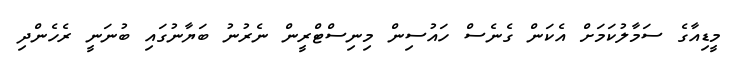
މީޑިއާގެ ސަމާލުކަމަށް އެކަން ގެނެސް ހައުސިން މިނިސްޓްރީން ނެރުނު ބަޔާނުގައި ބުނަނީ ރެހެންދި